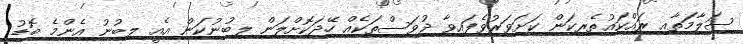
ސަލާމަތާއި ރައްކައުތެރިކަން ކަށަވަރުވެފައިވާ ދުވަސްތަކެއް ހޭދަކޮށްލަން ލިބުނުކަން އެއީ ލިބުނު އެންމެ ބޮޑު